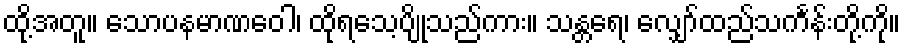
ထို့အတူ။ သောပနမာဏဝေါ၊ ထိုရသေ့ပျိုသည်ကား။ သန္တရေ၊ လျှော်ထည်သင်္ကန်းတို့ကို။